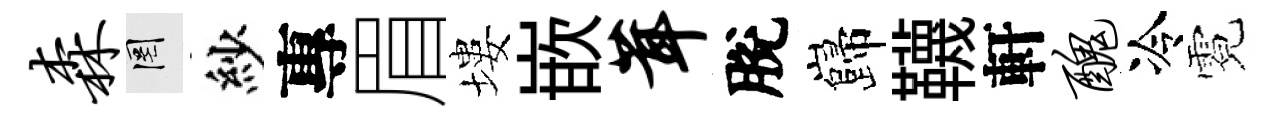
森罔紗專眉塿嵌茸脫巋韈軒丑冷霓